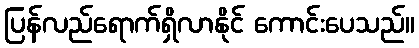
ပြန်လည်ရောက်ရှိလာနိုင် ကောင်းပေသည်။